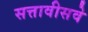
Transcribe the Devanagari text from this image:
सत्तावीसवे